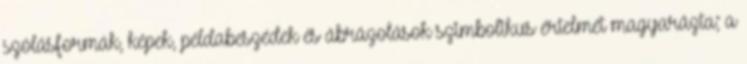
szólásformák, képek, példabeszédek és ábrázolások szimbolikus értelmét magyarázta; a